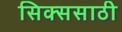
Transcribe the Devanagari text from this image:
सिक्ससाठी